Annual statistical returns and brief notes on vaccination in Bengal - 1896-1909
Year: 1896
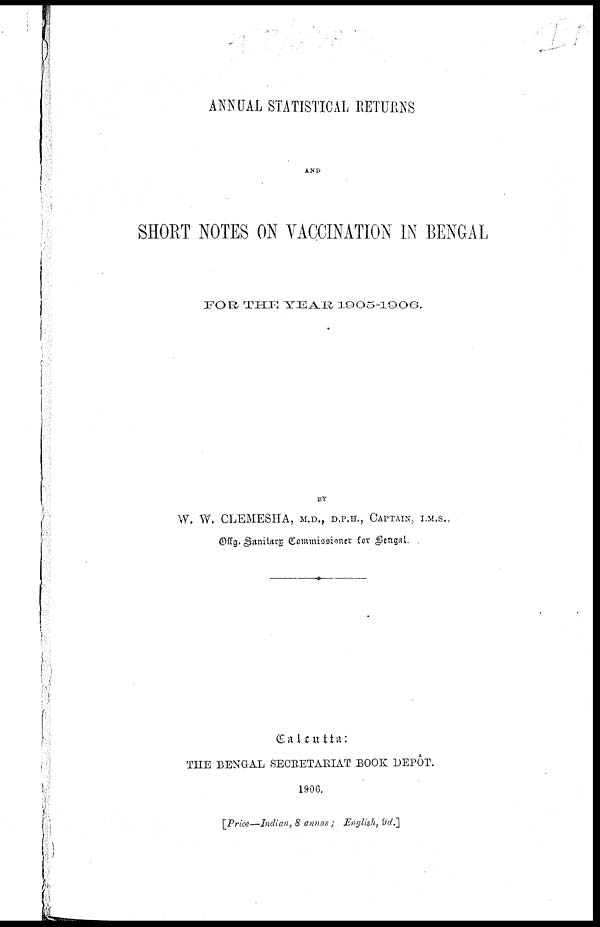
ANNUAL STATISTICAL RETURNS
AND
SHORT NOTES ON VACCINATION IN BENGAL
FOR THE YEAR 1905-1906.
BY
W. W. CLEMESHA, M.D., D.P.H., CAPTAIN, I.M.S.,
Offg. Sanitary Commissioner for Bengal.
Calcutta:
THE BENGAL SECRETAEIAT BOOK DEPÔT.
1906.
[Price—Indian, 8 annas; English, 9d.]